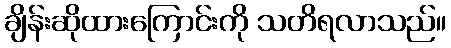
ချိန်းဆိုထားကြောင်းကို သတိရလာသည်။